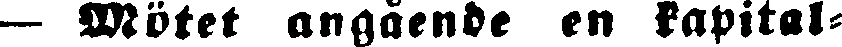
— Mötet angående en kapital-